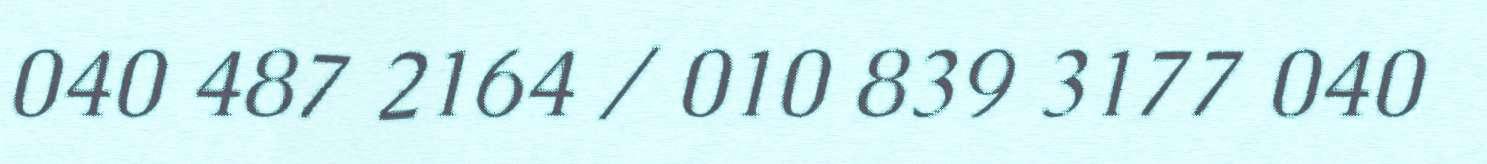
040 487 2164 / 010 839 3177 040